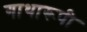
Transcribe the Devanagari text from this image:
गाथारूपी